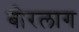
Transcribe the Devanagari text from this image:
बोरलाग